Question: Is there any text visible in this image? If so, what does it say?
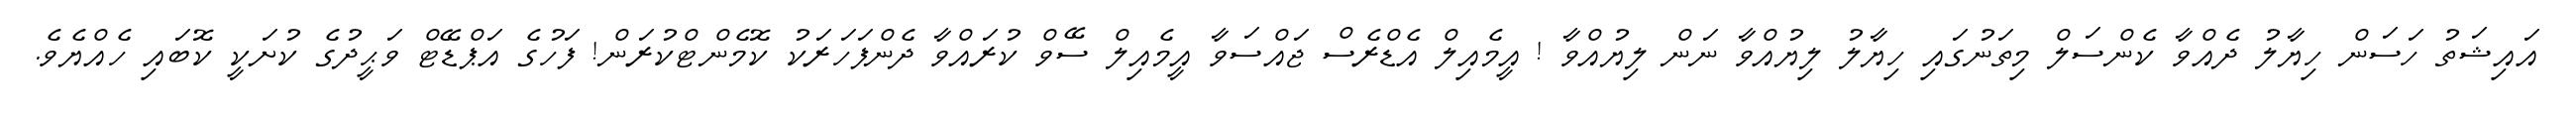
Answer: އައިޝަތު ހަސަން ހިޔާލު ދެއްވާ ކެންސަލް މިތަނުގައި ހިޔާލު ލިޔުއްވާ ނަން ލިޔުއްވާ ! އީމެއިލް އެޑްރެސް ޖައްސަވާ އީމެއިލް ސޭވް ކުރައްވާ ދެންފަހަރަކު ކޮމެންޓްކުރަން! ފަހުގެ އަޕްޑޭޓް ވަޙީދުގެ ކުށަކީ ކޮބައި ހެއްޔެވެ.